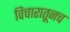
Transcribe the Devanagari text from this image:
विचारातूनच